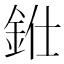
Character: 𨦁